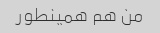
من هم همینطور